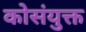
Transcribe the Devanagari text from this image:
कोसंयुक्त